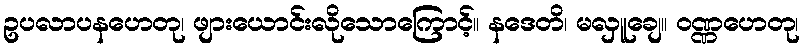
ဥပလာပနဟေတု၊ ဖျားယောင်းလိုသောကြောင့်။ နဒေတိ၊ မလှူချေ။ ဝဏ္ဏဟေတု၊